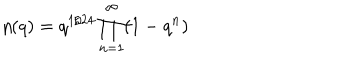
\eta ( q ) = q ^ { 1 / 2 4 } \prod _ { n = 1 } ^ { \infty } ( 1 - q ^ { n } )